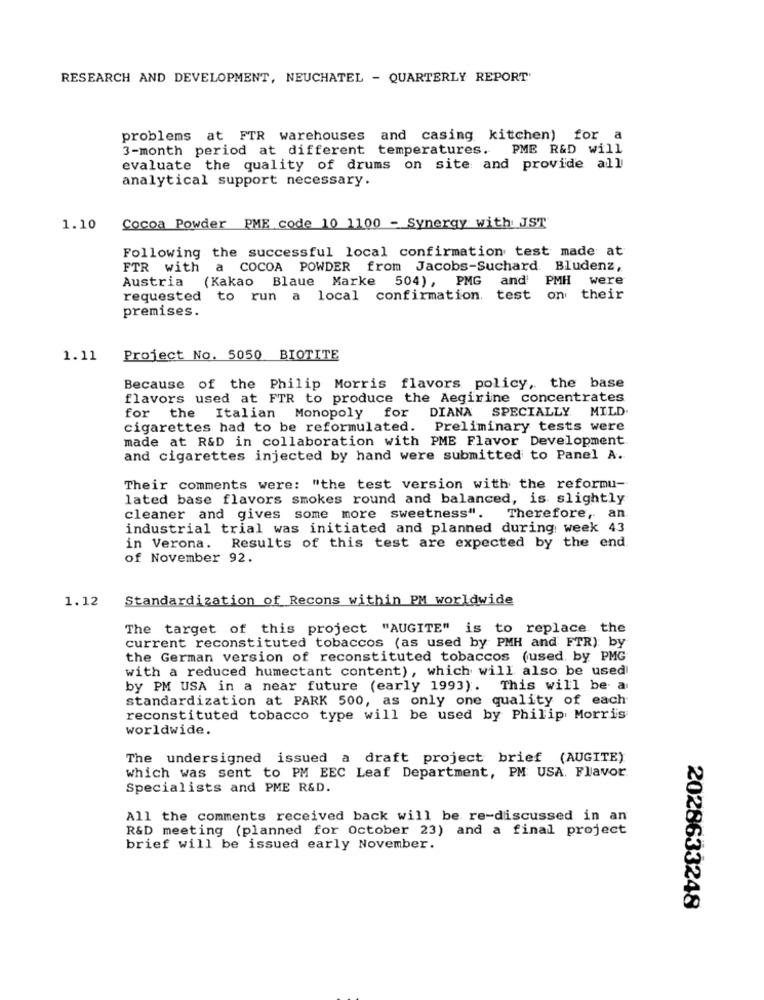
RESEARCH AND DEVELOPMENT, NEUCHATEL - QUARTERLY REPORT'
problems at FTR warehouses and casing kitchen) for a
3-month period at different temperatures.
PME R&D will
evaluate the quality of drums on site and provide all
analytical support necessary.
1.10
Cocoa Powder PME code 10 1100 - Synergy with JST
Following the successful local confirmation test made at
FTR with a COCOA POWDER from Jacobs-Suchard Bludenz,
Austria (Kakao Blaue Marke 504), PMG
and PMH were
requested to run a local confirmation. test on their
premises.
1.11
Project No. 5050 BIOTITE
Because of the Philip Morris flavors policy, the base
flavors used at FTR to produce the Aegirine concentrates
Monopoly for DIANA SPECIALLY. MILD
for the Italian
cigarettes had to be reformulated. Preliminary tests were
made at R&D in collaboration with PME Flavor Development
and cigarettes injected by hand were submitted to Panel A.
Their comments were: "the test version with the reformu-
lated base flavors smokes round and balanced, is slightly
cleaner and gives some more sweetness". Therefore, an
industrial trial was initiated and planned during week 43
in Verona. Results of this test are expected by the end.
of November 92.
1.12
Standardization of Recons within PM worldwide
The target of this project "AUGITE" is to replace the
current reconstituted tobaccos (as used by PMH and FTR): by
the German version of reconstituted tobaccos (used by PMG
with a reduced humectant content), which will also be used
by PM USA in a near future (early 1993). This will be a
standardization at PARK 500, as only one quality of each
reconstituted tobacco type will be used by Philip Morris
worldwide.
The undersigned issued a draft project brief (AUGITE)
which was sent to PM EEC Leaf Department, PM USA. Flavor
Specialists and PME R&D.
All the comments received back will be re-discussed in an
R&D meeting (planned for October 23) and a final project
brief will be issued early November.
2028633248